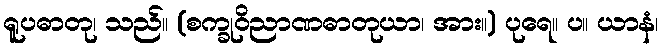
ရူပဓာတု၊ သည်။ (စက္ခုဝိညာဏဓာတုယာ၊ အား။) ပုရေ။ ပ။ ယာနံ၊